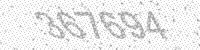
Solution: 367694